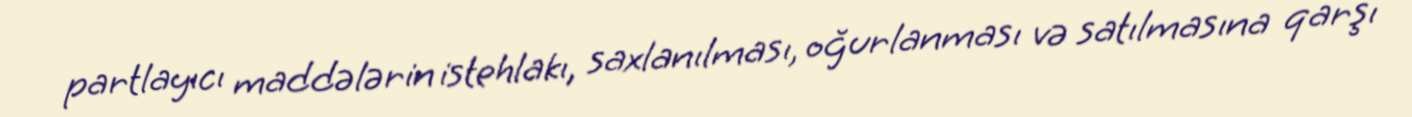
partlayıcı maddələrin istehlakı, saxlanılması, oğurlanması və satılmasına qarşı